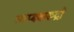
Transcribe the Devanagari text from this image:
त्र्यम्बकरुद्रो